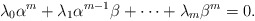
\begin{align*} \lambda_0\alpha^m+\lambda_1 \alpha^{m-1}\beta+\cdots +\lambda_m\beta^m=0. \end{align*}